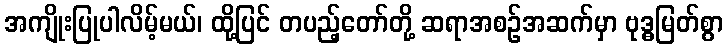
အကျိုးပြုပါလိမ့်မယ်၊ ထို့ပြင် တပည့်တော်တို့ ဆရာအစဉ်အဆက်မှာ ဗုဒ္ဓမြတ်စွာ